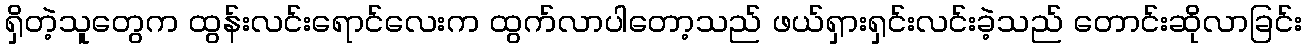
ရှိတဲ့သူတွေက ထွန်းလင်းရောင်လေးက ထွက်လာပါတော့သည် ဖယ်ရှားရှင်းလင်းခဲ့သည် တောင်းဆိုလာခြင်း